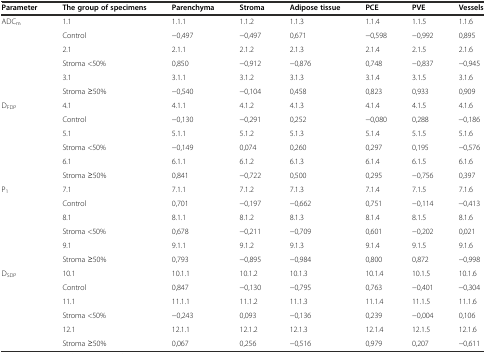
<table><thead><tr><td><b>Parameter</b></td><td><b>The group of specimens</b></td><td><b>Parenchyma</b></td><td><b>Stroma</b></td><td><b>Adipose tissue</b></td><td><b>PCE</b></td><td><b>PVE</b></td><td><b>Vessels</b></td></tr></thead><tbody><tr><td rowspan="6">ADC<sub>m</sub></td><td>1.1</td><td>1.1.1</td><td>1.1.2</td><td>1.1.3</td><td>1.1.4</td><td>1.1.5</td><td>1.1.6</td></tr><tr><td>Control</td><td>−0,497</td><td>−0,497</td><td>0,671</td><td>−0,598</td><td>−0,992</td><td>0,895</td></tr><tr><td>2.1</td><td>2.1.1</td><td>2.1.2</td><td>2.1.3</td><td>2.1.4</td><td>2.1.5</td><td>2.1.6</td></tr><tr><td>Stroma &lt;50%</td><td>0,850</td><td>−0,912</td><td>−0,876</td><td>0,748</td><td>−0,837</td><td>−0,945</td></tr><tr><td>3.1</td><td>3.1.1</td><td>3.1.2</td><td>3.1.3</td><td>3.1.4</td><td>3.1.5</td><td>3.1.6</td></tr><tr><td>Stroma ≥50%</td><td>−0,540</td><td>−0,104</td><td>0,458</td><td>0,823</td><td>0,933</td><td>0,909</td></tr><tr><td rowspan="6">D<sub>FDP</sub></td><td>4.1</td><td>4.1.1</td><td>4.1.2</td><td>4.1.3</td><td>4.1.4</td><td>4.1.5</td><td>4.1.6</td></tr><tr><td>Control</td><td>−0,130</td><td>−0,291</td><td>0,252</td><td>−0,080</td><td>0,288</td><td>−0,186</td></tr><tr><td>5.1</td><td>5.1.1</td><td>5.1.2</td><td>5.1.3</td><td>5.1.4</td><td>5.1.5</td><td>5.1.6</td></tr><tr><td>Stroma &lt;50%</td><td>−0,149</td><td>0,074</td><td>0,260</td><td>0,297</td><td>0,195</td><td>−0,576</td></tr><tr><td>6.1</td><td>6.1.1</td><td>6.1.2</td><td>6.1.3</td><td>6.1.4</td><td>6.1.5</td><td>6.1.6</td></tr><tr><td>Stroma ≥50%</td><td>0,841</td><td>−0,722</td><td>0,500</td><td>0,295</td><td>−0,756</td><td>0,397</td></tr><tr><td rowspan="6">P<sub>1</sub></td><td>7.1</td><td>7.1.1</td><td>7.1.2</td><td>7.1.3</td><td>7.1.4</td><td>7.1.5</td><td>7.1.6</td></tr><tr><td>Control</td><td>0,701</td><td>−0,197</td><td>−0,662</td><td>0,751</td><td>−0,114</td><td>−0,413</td></tr><tr><td>8.1</td><td>8.1.1</td><td>8.1.2</td><td>8.1.3</td><td>8.1.4</td><td>8.1.5</td><td>8.1.6</td></tr><tr><td>Stroma &lt;50%</td><td>0,678</td><td>−0,211</td><td>−0,709</td><td>0,601</td><td>−0,202</td><td>0,021</td></tr><tr><td>9.1</td><td>9.1.1</td><td>9.1.2</td><td>9.1.3</td><td>9.1.4</td><td>9.1.5</td><td>9.1.6</td></tr><tr><td>Stroma ≥50%</td><td>0,793</td><td>−0,895</td><td>−0,984</td><td>0,800</td><td>0,872</td><td>−0,998</td></tr><tr><td rowspan="6">D<sub>SDP</sub></td><td>10.1</td><td>10.1.1</td><td>10.1.2</td><td>10.1.3</td><td>10.1.4</td><td>10.1.5</td><td>10.1.6</td></tr><tr><td>Control</td><td>0,847</td><td>−0,130</td><td>−0,795</td><td>0,763</td><td>−0,401</td><td>−0,304</td></tr><tr><td>11.1</td><td>11.1.1</td><td>11.1.2</td><td>11.1.3</td><td>11.1.4</td><td>11.1.5</td><td>11.1.6</td></tr><tr><td>Stroma &lt;50%</td><td>−0,243</td><td>0,093</td><td>−0,136</td><td>0,239</td><td>−0,004</td><td>0,106</td></tr><tr><td>12.1</td><td>12.1.1</td><td>12.1.2</td><td>12.1.3</td><td>12.1.4</td><td>12.1.5</td><td>12.1.6</td></tr><tr><td>Stroma ≥50%</td><td>0,067</td><td>0,256</td><td>−0,516</td><td>0,979</td><td>0,207</td><td>−0,611</td></tr></tbody></table>